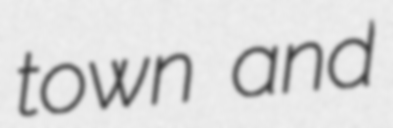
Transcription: town and